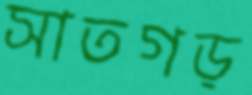
সাতগড়